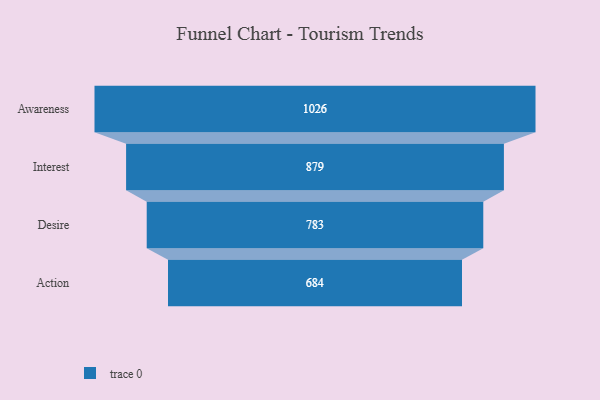
{"axis": {"x": "Stage", "y": "Value"}, "legend": [""], "data": [{"x": "Awareness", "y": 1026.0, "type": ""}, {"x": "Interest", "y": 879.0, "type": ""}, {"x": "Desire", "y": 783.0, "type": ""}, {"x": "Action", "y": 684.0, "type": ""}]}